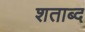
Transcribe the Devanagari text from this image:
शताब्द